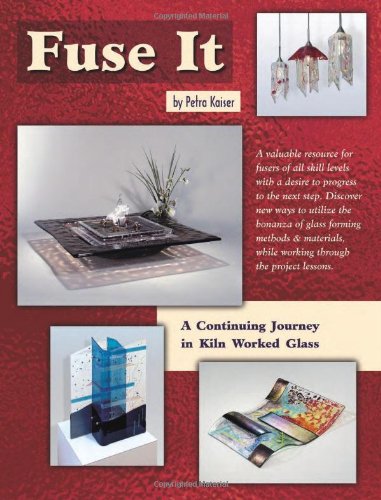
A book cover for Fuse It - 18 Fused Glass Projects; Petra Kaiser; Crafts, Hobbies & Home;